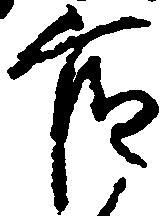
官